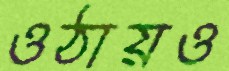
ওঠায়ও